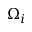
\Omega _ { i }